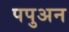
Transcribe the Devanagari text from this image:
पपुअन